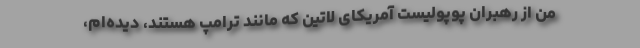
من از رهبران پوپولیست آمریکای لاتین که مانند ترامپ هستند، دیده‌ام،